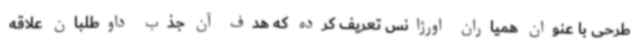
طرحی با عنوان همیاران اورژانس تعریف کرده که هدف آن جذب داوطلبان علاقه